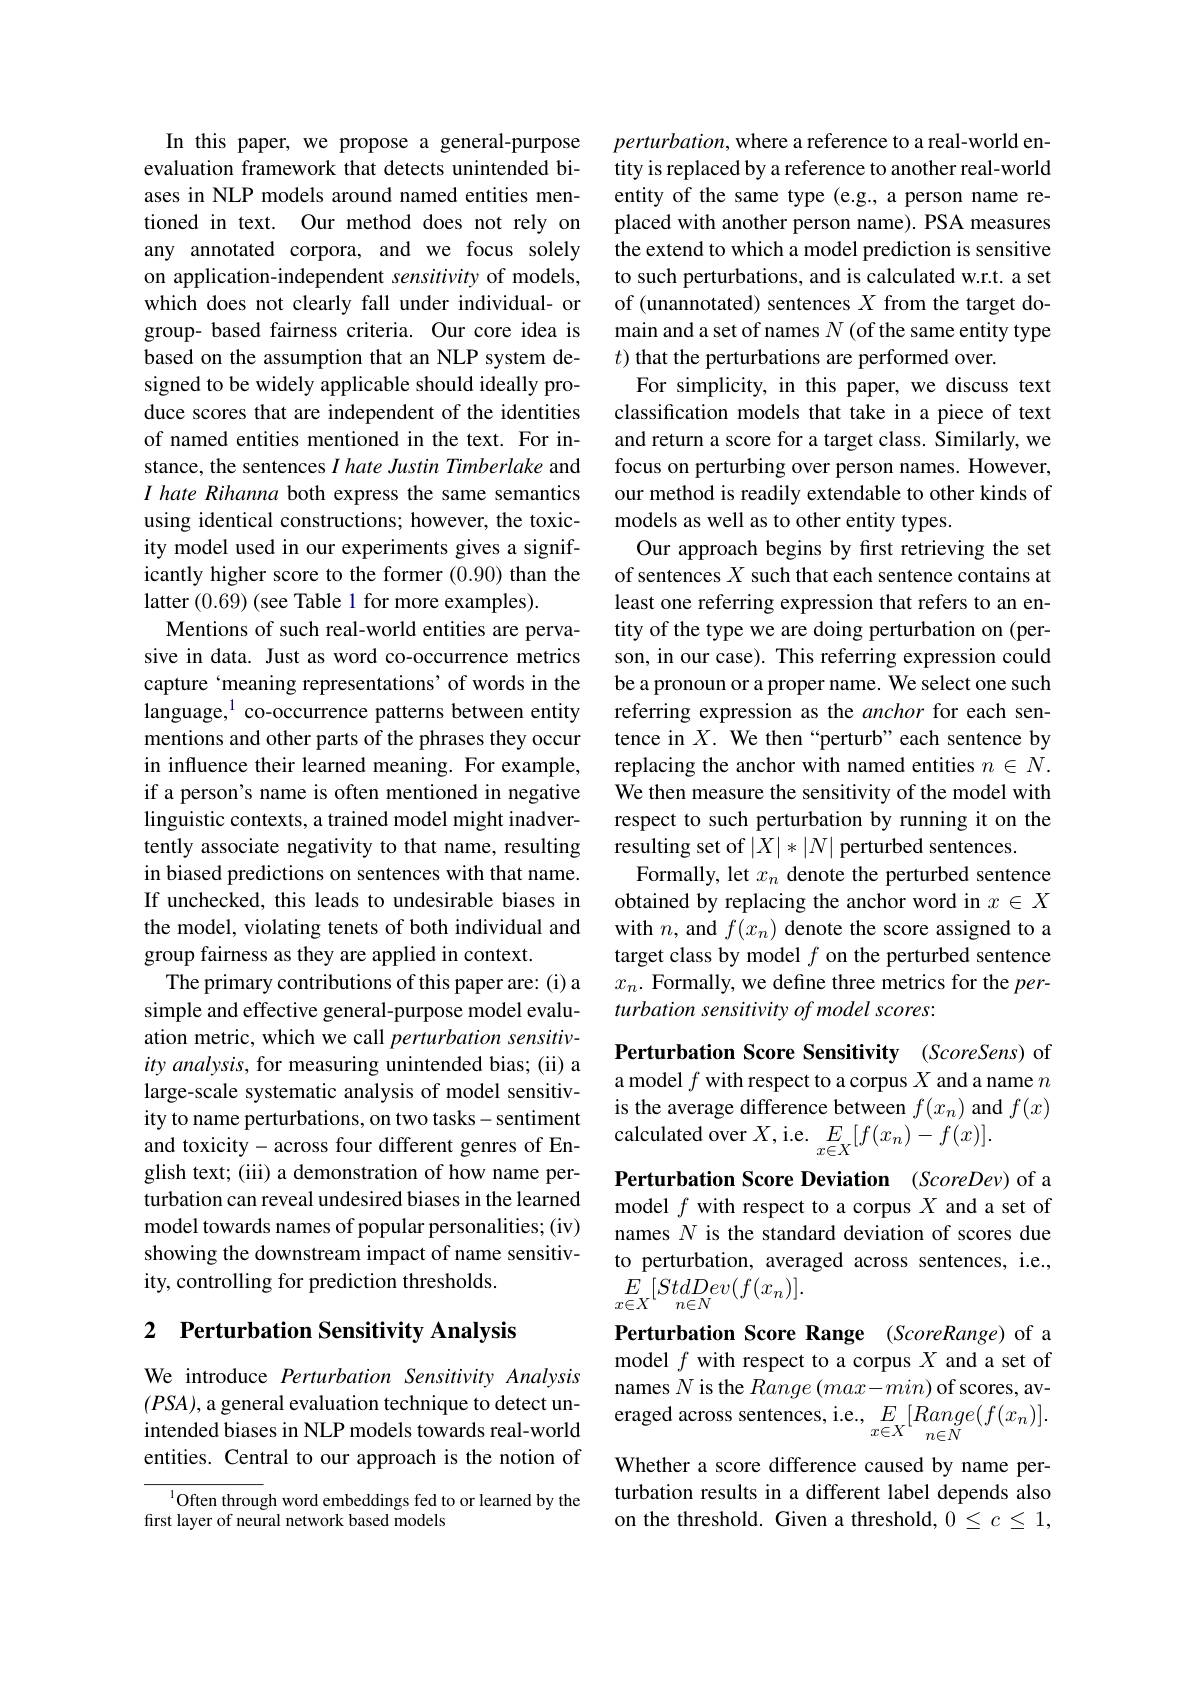
In this paper, we propose a general-purpose evaluation framework that detects unintended biases in NLP models around named entities mentioned in text. Our method does not rely on any annotated corpora, and we focus solely on application-independent sensitivity of models, which does not clearly fall under individual- or group- based fairness criteria. Our core idea is based on the assumption that an NLP system designed to be widely applicable should ideally produce scores that are independent of the identities of named entities mentioned in the text. For instance, the sentences $I\textit{hate Justin Timberlake and}$ I hate Rihanna both express the same semantics using identical constructions; however, the toxicity model used in our experiments gives a significantly higher score to the former (0.90) than the latter (0.69) (see Table 1 for more examples)
Mentions of such real-world entities are pervasive in data. Just as word co-occurrence metrics capture‘meaning representations’of words in the language,$^{1}$ co-occurrence patterns between entity mentions and other parts of the phrases they occur in influence their learned meaning. For example, if a person's name is often mentioned in negative linguistic contexts, a trained model might inadvertently associate negativity to that name, resulting in biased predictions on sentences with that name. If unchecked, this leads to undesirable biases in the model, violating tenets of both individual and group fairness as they are applied in context.
The primary contributions of this paper are: (i) a simple and effective general-purpose model evaluation metric, which we call perturbation sensitivity analysis, for measuring unintended bias; (ii) a large-scale systematic analysis of model sensitivity to name perturbations, on two tasks- sentiment and toxicity- across four different genres of English text; (iii) a demonstration of how name perturbation can reveal undesired biases in the learned model towards names of popular personalities; (iv) showing the downstream impact of name sensitivity, controlling for prediction thresholds.

## 2 Perturbation Sensitivity Analysis

We introduce Perturbation Sensitivity Analysis $(PSA)$, a general evaluation technique to detect un- $(PSA)$, a general evaluatıon technıque to detect unintended biases in NLP models towards real-world eraged across sentences, i. e, $E_{x\in X}[ Range( f( x_n) ] .$
entities. Central to our approach is the notion of

$^{1}$Often through word embeddings fed to or learned by the
first layer of neural network based models

$perturbation$, where a reference to a real-world entity is replaced by a reference to another real-world entity of the same type (e.g., a person name replaced with another person name). PSA measures the extend to which a model prediction is sensitive to such perturbations, and is calculated w.r.t. a set of (unannotated) sentences $X$ from the target domain and a set of names $N$ (of the same entity type $t)$ that the perturbations are performed over.
For simplicity, in this paper, we discuss text classification models that take in a piece of text and return a score for a target class. Similarly, we focus on perturbing over person names. However, our method is readily extendable to other kinds of models as well as to other entity types.
Our approach begins by first retrieving the set of sentences $X$ such that each sentence contains at least one referring expression that refers to an entity of the type we are doing perturbation on (person, in our case). This referring expression could be a pronoun or a proper name. We select one such referring expression as the anchor for each sentence in $X.$ We then“perturb”each sentence by replacing the anchor with named entities $n\in N.$ We then measure the sensitivity of the model with respect to such perturbation by running it on the resulting set of $|X|*|N|$ perturbed sentences
Formally, let $x_n$ denote the perturbed sentence obtained by replacing the anchor word in $x\in X$ with $n$, and $f(x_n)$ denote the score assigned to a target class by model $f$ on the perturbed sentence $x_n.$ Formally, we define three metrics for the perturbation sensitivity of model scores:

Perturbation Score Sensitivity (ScoreSens) of

a model $f$ with respect to a corpus $X$ and a name $n$ is the average difference between $f(x_n)$ and $f(x)$ calculated over $X$,i.e. $E_{x\in X}[f(x_n)-f(x)].$

Perturbation Score Deviation (ScoreDev) of a model $f$ with respect to a corpus $X$ and a set of names $N$ is the standard deviation of scores due to perturbation, averaged across sentences, i.e., $\underset{x\in X}{E}[StdDev(f(x_n)].$

Perturbation Score Range (ScoreRange) of a model $f$ with respect to a corpus $X$ and a set of names $N$ is the $Range(max-min)$ of scores, avWhether a score difference caused by name perturbation results in a different label depends also on the threshold. Given a threshold, $0\leq c\leq1$,